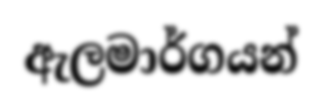
ඇලමාර්ගයන්